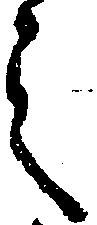
之